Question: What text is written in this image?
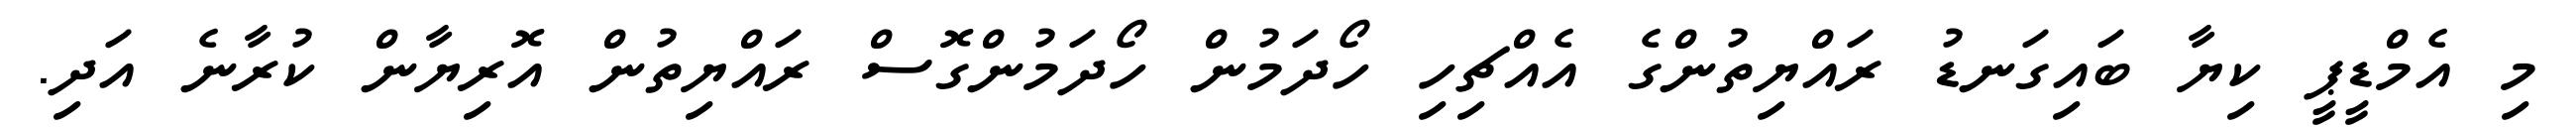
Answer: މި އެމްޑީޕީ ކިޔާ ބައިގަނޑު ރައްޔިތުންގެ އެއްޗިހި ހޯދަމުން ހޯދަމުންގޮސް ރައްޔިތުން އޮރިޔާން ކުރާނެ އަދި.